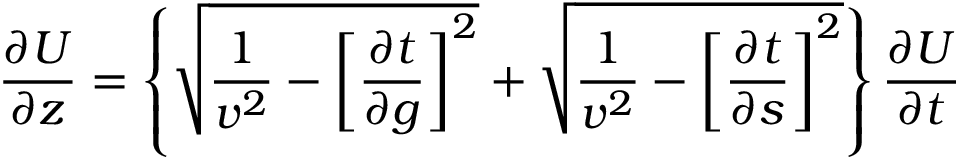
\frac { \partial U } { \partial z } = \left\{ \sqrt { \frac { 1 } { v ^ { 2 } } - \left[ \frac { \partial t } { \partial g } \right] ^ { 2 } } + \sqrt { \frac { 1 } { v ^ { 2 } } - \left[ \frac { \partial t } { \partial s } \right] ^ { 2 } } \right\} \frac { \partial U } { \partial t }